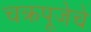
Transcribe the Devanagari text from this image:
चक्रपूजेचे